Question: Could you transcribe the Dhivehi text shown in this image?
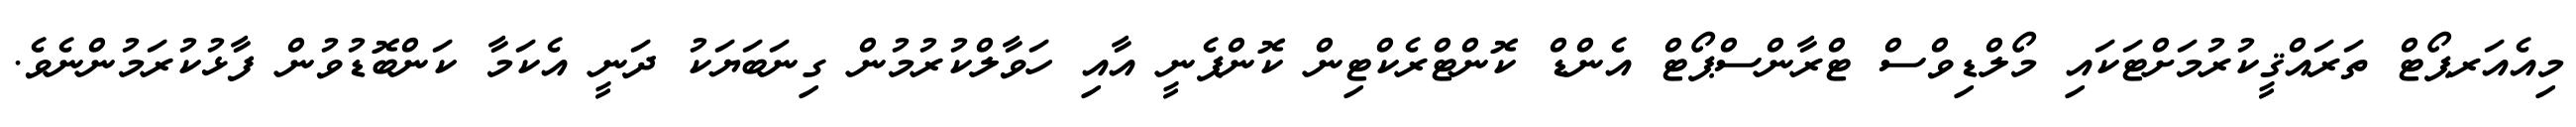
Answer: މިއެއަރޕޯޓް ތަރައްޤީކުރުމަށްޓަކައި މޯލްޑިވްސް ޓްރާންސްޕޯޓް އެންޑް ކޮންޓްރެކްޓިން ކޮންޕެނީ އާއި ހަވާލްކުރުމުން ގިނަބަޔަކު ދަނީ އެކަމާ ކަންބޮޑުވުން ފާޅުކުރަމުންނެވެ.